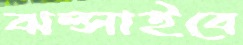
ঝল্‌সাইবে